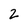
Character: 2